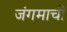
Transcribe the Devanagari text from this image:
जंगमाची